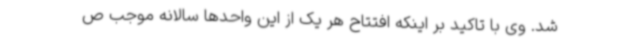
شد. وی با تاکید بر اینکه افتتاح هر یک از این واحدها سالانه موجب ص